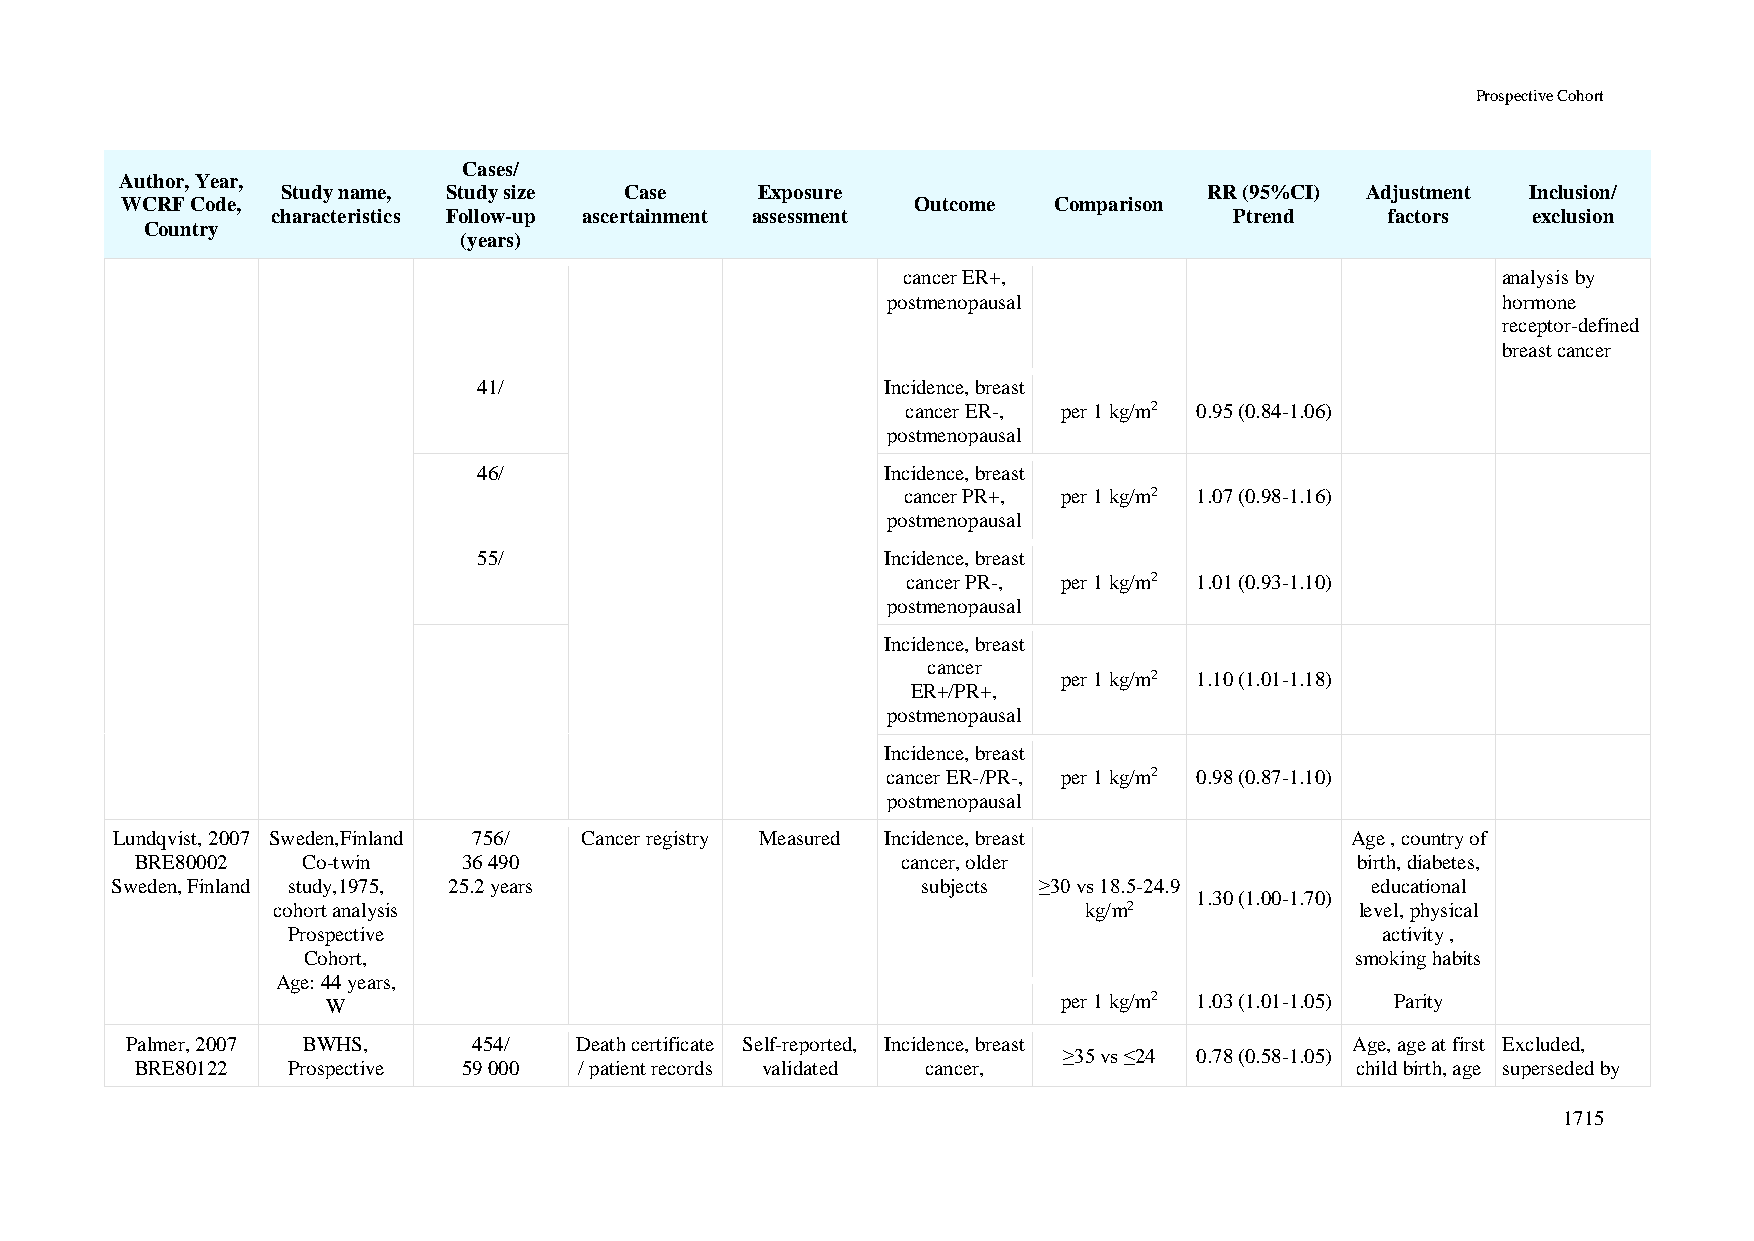
Prospective Cohort
 Cases/
 Author, Year,
 Study name, Study size Case    Exposure                      RR (95%CI) Adjustment Inclusion/
 WCRF Code,                                           Outcome  Comparison
 characteristics Follow-up ascertainment assessment              Ptrend    factors  exclusion
 Country
 (years)
 cancer ER+,                            analysis by
 postmenopausal                          hormone
 receptor-defined
 breast cancer
 41/                        Incidence, breast
 cancer ER-, per 1 kg/m2 0.95 (0.84-1.06)
 postmenopausal
 46/                        Incidence, breast
 cancer PR+, per 1 kg/m2 1.07 (0.98-1.16)
 postmenopausal
 55/                        Incidence, breast
 cancer PR-, per 1 kg/m2 1.01 (0.93-1.10)
 postmenopausal
 Incidence, breast
 cancer
 per 1 kg/m2 1.10 (1.01-1.18)
 ER+/PR+,
 postmenopausal
 Incidence, breast
 cancer ER-/PR-, per 1 kg/m2 0.98 (0.87-1.10)
 postmenopausal
 Lundqvist, 2007 Sweden,Finland 756/ Cancer registry Measured Incidence, breast    Age , country of
 BRE80002   Co-twin    36 490                       cancer, older                 birth, diabetes,
 Sweden, Finland study,1975, 25.2 years                subjects ≥30 vs 18.5-24.9     educational
 1.30 (1.00-1.70)
 cohort analysis                                       kg/m2             level, physical
 Prospective                                                             activity ,
 Cohort,                                                               smoking habits
 Age: 44 years,
 W                                               per 1 kg/m2 1.03 (1.01-1.05) Parity
 Palmer, 2007 BWHS,     454/   Death certificate Self-reported, Incidence, breast  Age, age at first Excluded,
 ≥35 vs ≤24 0.78 (0.58-1.05)
 BRE80122  Prospective 59 000 / patient records validated cancer,                 child birth, age superseded by
 1715